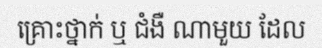
គ្រោះថ្នាក់ ឬ ជំងឺ ណាមួយ ដែល